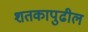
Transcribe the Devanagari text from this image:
शतकापुढील